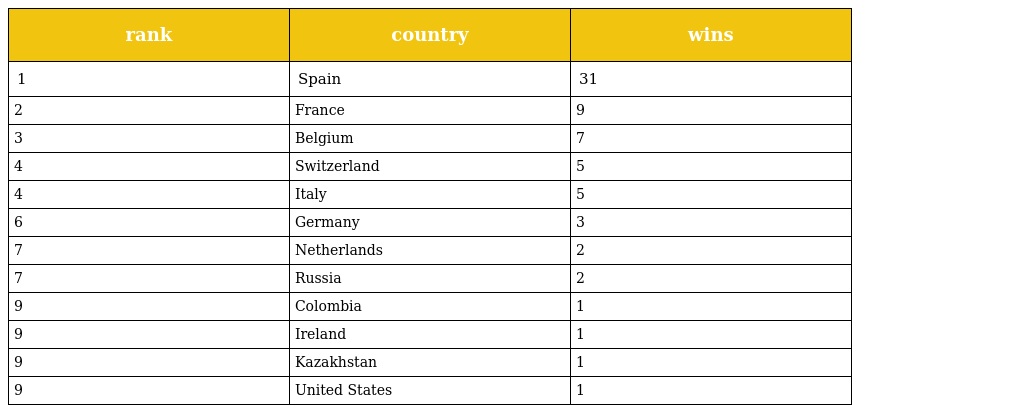
| rank | country | wins |
 | --- | --- | --- |
 | 1 | Spain | 31 |
 | 2 | France | 9 |
 | 3 | Belgium | 7 |
 | 4 | Switzerland | 5 |
 | 4 | Italy | 5 |
 | 6 | Germany | 3 |
 | 7 | Netherlands | 2 |
 | 7 | Russia | 2 |
 | 9 | Colombia | 1 |
 | 9 | Ireland | 1 |
 | 9 | Kazakhstan | 1 |
 | 9 | United States | 1 |